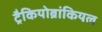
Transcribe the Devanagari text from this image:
ट्रैकियोब्रांकियल